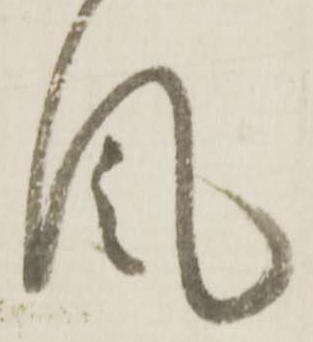
風